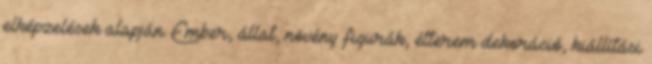
elképzelések alapján. Ember, állat, növény figurák, étterem dekoráció, kiállítási